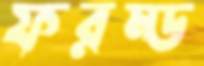
ফরম্ড